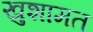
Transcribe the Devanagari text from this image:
खुशामत